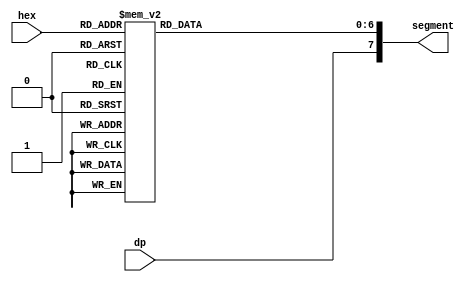
`timescale 1ns / 1ps
//////////////////////////////////////////////////////////////////////////////////
// Company: 
// Engineer: 
// 
// Design Name: 
// Module Name: seven_seg
// Project Name: 
// Target Devices: 
// Tool Versions: 
// Description: 
// 
// Dependencies: 
// 
// Revision:
// Revision 0.01 - File Created
// Additional Comments:
// 
//////////////////////////////////////////////////////////////////////////////////

//On Basys 3, anode and cathode are driven low to drive LED
// Anode pins include: AN0,AN1,AN2,AN3
//Cathode pins include: CA, CB, CC, CD, CE, CF, CG, DP (decimal point)

module seven_seg(
    input [3:0] hex,
    input dp,
    output reg [7:0] segment //dp will be MSB, then A, B, C, D, E, F, G as LSB
    );
    
    always @*
    begin
        case(hex) //7'b G,F,E,D,C,B,A
            4'h0: segment[6:0] = 7'b1000000; //displays 0,
            4'h1: segment[6:0] = 7'b1111001; //displays 1
            4'h2: segment[6:0] = 7'b0100100; //displays 2
            4'h3: segment[6:0] = 7'b0110000; //displays 3
            4'h4: segment[6:0] = 7'b0011001; //displays 4
            4'h5: segment[6:0] = 7'b0010010; //displays 5
            4'h6: segment[6:0] = 7'b0000010; //displays 6
            4'h7: segment[6:0] = 7'b1111000; //displays 7
            4'h8: segment[6:0] = 7'b0000000; //displays 8
            4'h9: segment[6:0] = 7'b0010000; //displays 9
            4'hA: segment[6:0] = 7'b0001000; //displays A
            4'hB: segment[6:0] = 7'b0000011; //displays B
            4'hC: segment[6:0] = 7'b1000110; //displays C
            4'hD: segment[6:0] = 7'b0100001; //displays D
            4'hE: segment[6:0] = 7'b0000110; //displays E
            default: segment[6:0] = 7'b0001110; //defaults to displaying F
        endcase
        segment[7] = dp; //Sets MSB to decimal point LED output for seven seg
    end
endmodule